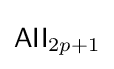
{\mathsf {AII}}_{2p+1}